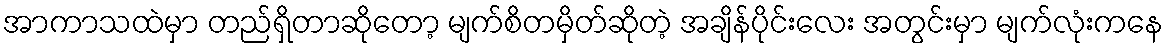
အာကာသထဲမှာ တည်ရှိတာဆိုတော့ မျက်စိတမှိတ်ဆိုတဲ့ အချိန်ပိုင်းလေး အတွင်းမှာ မျက်လုံးကနေ